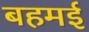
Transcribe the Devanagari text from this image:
बहमई